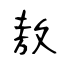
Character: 敖